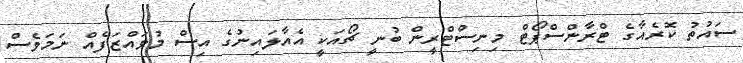
ސައުތު ކޮރެއާގެ ޓްރާންސްޕޯޓް މިނިސްޓްރީން ބުނީ ޗޯއަކީ އެއާލައިނުގެ އިސް މުވައްޒަފެއް ނަމަވެސް